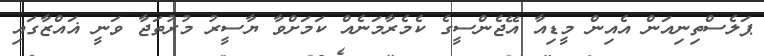
ޕަލެސްތިނިއަން އެއިން މީޑިއާ އޭޖެންސީގެ ކެމެރާމަނެއް ކަމަށްވާ ޔާސީރު މުރުތަޖާ ވަނީ ޣައްޒާގައި